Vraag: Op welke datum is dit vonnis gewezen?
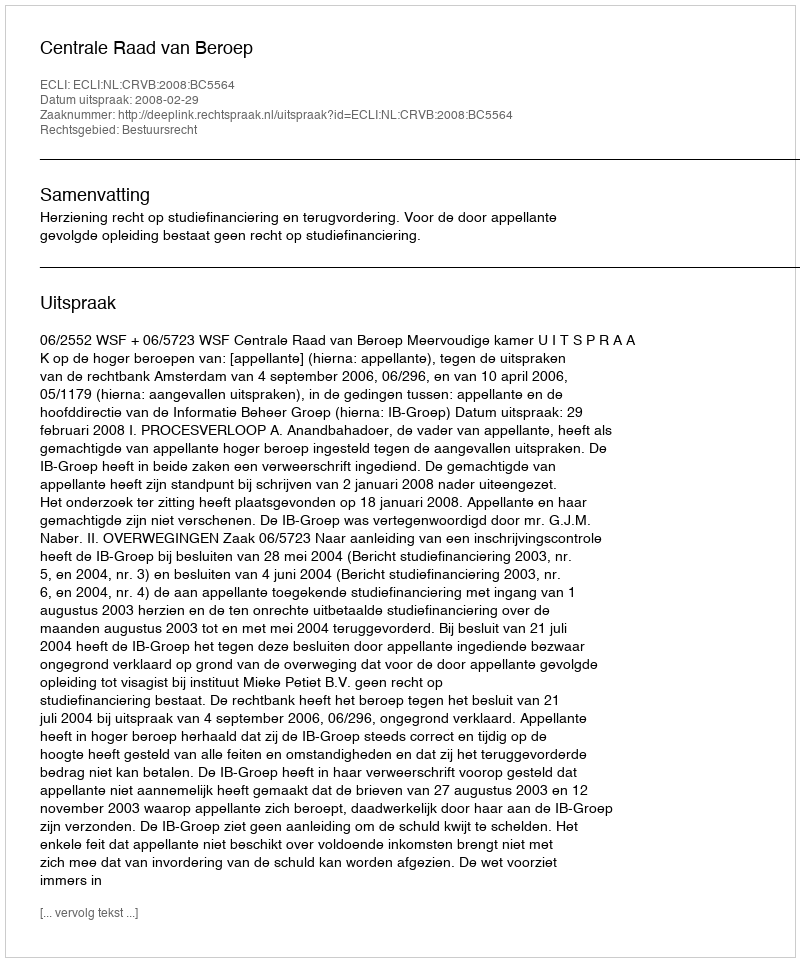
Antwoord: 2008-02-29